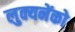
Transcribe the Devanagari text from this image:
लुक्यनेंको